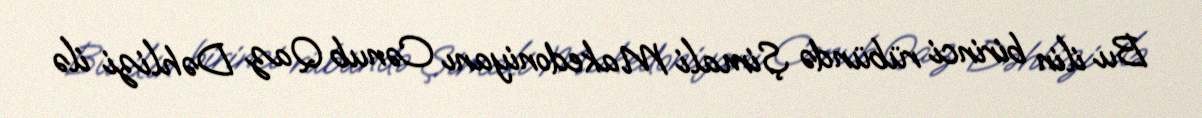
Bu ilin birinci rübündə Şimali Makedoniyanı Cənub Qaz Dəhlizi ilə